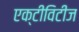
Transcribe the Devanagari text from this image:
एक्टीविटीज